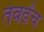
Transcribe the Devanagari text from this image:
तेवढेंच